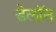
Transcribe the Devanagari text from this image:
डेलॉन